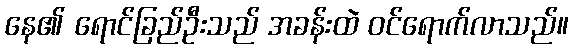
နေ၏ ရောင်ခြည်ဦးသည် အခန်းထဲ ဝင်ရောက်လာသည်။